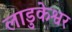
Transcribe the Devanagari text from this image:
लाडुकेश्वर